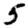
Digit: 5